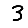
Digit: 3